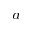
^ { a }